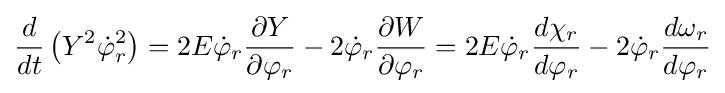
{\frac {d}{dt}}\left(Y^{2}{\dot {\varphi }}_{r}^{2}\right)=2E{\dot {\varphi }}_{r}{\frac {\partial Y}{\partial \varphi _{r}}}-2{\dot {\varphi }}_{r}{\frac {\partial W}{\partial \varphi _{r}}}=2E{\dot {\varphi }}_{r}{\frac {d\chi _{r}}{d\varphi _{r}}}-2{\dot {\varphi }}_{r}{\frac {d\omega _{r}}{d\varphi _{r}}}